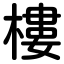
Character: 樓